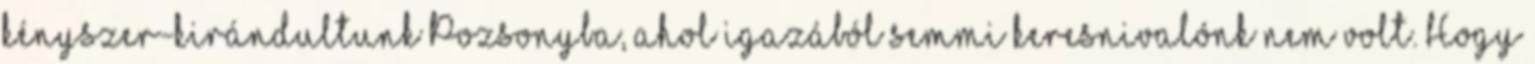
kényszer-kirándultunk Pozsonyba, ahol igazából semmi keresnivalónk nem volt. Hogy